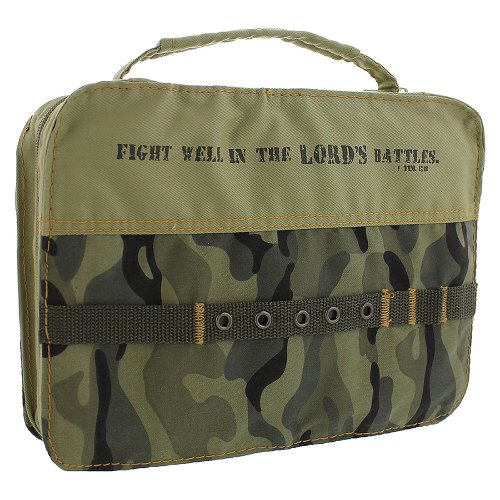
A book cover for Cotton Camouflage Silk-Screened Bible / Book Cover (Large); Christian Books & Bibles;